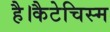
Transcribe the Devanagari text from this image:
है।कैटेचिस्म